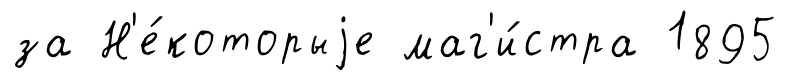
за Н'е́которыjе маг'и́стра 1895